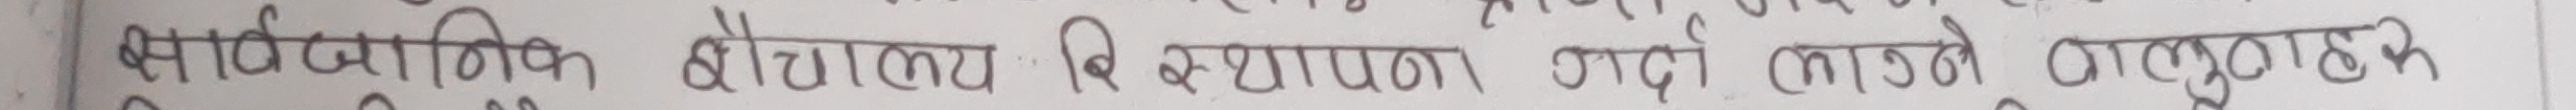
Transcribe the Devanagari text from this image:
सार्वजनिक शौचालय वि स्थापक दर्दीका लागहरू